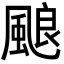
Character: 𩗖